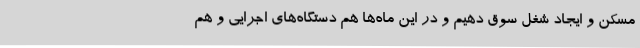
مسکن و ایجاد شغل سوق دهیم و در این ماه‌ها هم دستگاه‌های اجرایی و هم